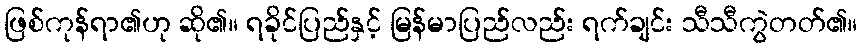
ဖြစ်ကုန်ရာ၏ဟု ဆို၏။ ရခိုင်ပြည်နှင့် မြန်မာပြည်လည်း ရက်ချင်း သီသီကွဲတတ်၏။